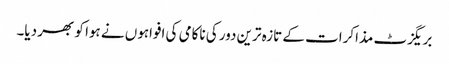
بریگزٹ مذاکرات کے تازہ ترین دور کی ناکامی کی افواہوں نے ہوا کو بھر دیا۔